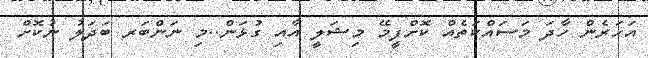
އަހަރެން ހާދަ މަސައްކަތެއް ކޮށްފީމޭ މިޝަލީ އާއި ގުޅަން..މި ނަންބަރ ބަދަލު ނުކޮށް